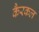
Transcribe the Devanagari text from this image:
कैरकल